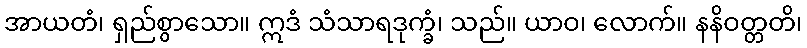
အာယတံ၊ ရှည်စွာသော။ ဣဒံ သံသာရဒုက္ခံ၊ သည်။ ယာဝ၊ လောက်။ နနိဝတ္တတိ၊